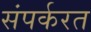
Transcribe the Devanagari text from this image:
संपर्करत